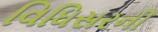
વિધિસરની